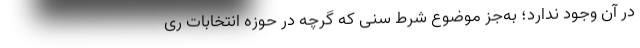
در آن وجود ندارد؛ به‌جز موضوع شرط سنی که گرچه در حوزه انتخابات ری